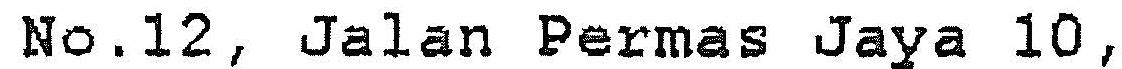
NO.12, JALAN PERMAS JAYA 10,